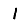
Digit: 1